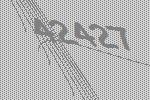
42427